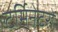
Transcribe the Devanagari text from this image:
टर्मिनेटरों